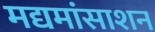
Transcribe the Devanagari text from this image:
मद्यमांसाशन